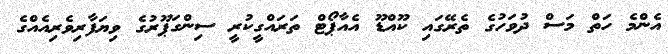
އެންމެ ހަތް މަސް ދުވަހުގެ ތެރޭގައި ކޫއްޑޫ އެއާޕޯޓް ތަރައްގީކުރީ ސިންގަޕޫރުގެ ވިޔަފާރިވެރިއެއްގެ